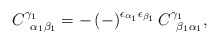
\begin{align*}C_{\;\;\alpha _{1}\beta _{1}}^{\gamma _{1}}=-\left( -\right) ^{\epsilon_{\alpha _{1}}\epsilon _{\beta _{1}}}C_{\;\;\beta _{1}\alpha _{1}}^{\gamma_{1}}, \end{align*}